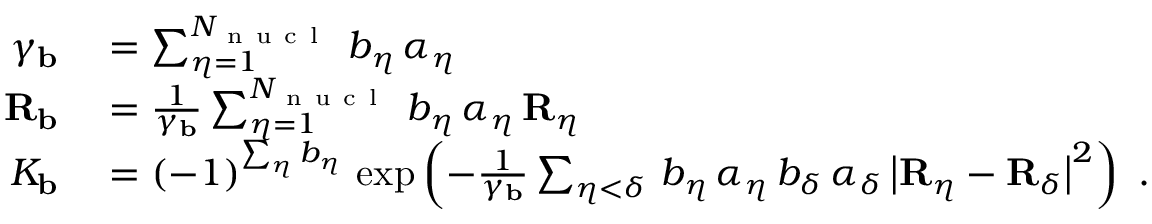
\begin{array} { r l } { \gamma _ { \mathbf { b } } } & { { } = \sum _ { \eta = 1 } ^ { N _ { \mathrm { ~ n ~ u ~ c ~ l ~ } } } \, b _ { \eta } \, \alpha _ { \eta } } \\ { { \mathbf { R } _ { \mathbf { b } } } } & { { } = \frac { 1 } { \gamma _ { \mathbf { b } } } \sum _ { \eta = 1 } ^ { N _ { \mathrm { ~ n ~ u ~ c ~ l ~ } } } \, b _ { \eta } \, \alpha _ { \eta } \, { \mathbf { R } _ { \eta } } } \\ { K _ { \mathbf { b } } } & { { } = ( - 1 ) ^ { \sum _ { \eta } b _ { \eta } } \, \exp \left( - \frac { 1 } { \gamma _ { \mathbf { b } } } \sum _ { \eta < \delta } \, b _ { \eta } \, \alpha _ { \eta } \, b _ { \delta } \, \alpha _ { \delta } \, \big | { \mathbf { R } _ { \eta } } - { \mathbf { R } _ { \delta } } \big | ^ { 2 } \right) \mathrm { ~ . ~ } } \end{array}